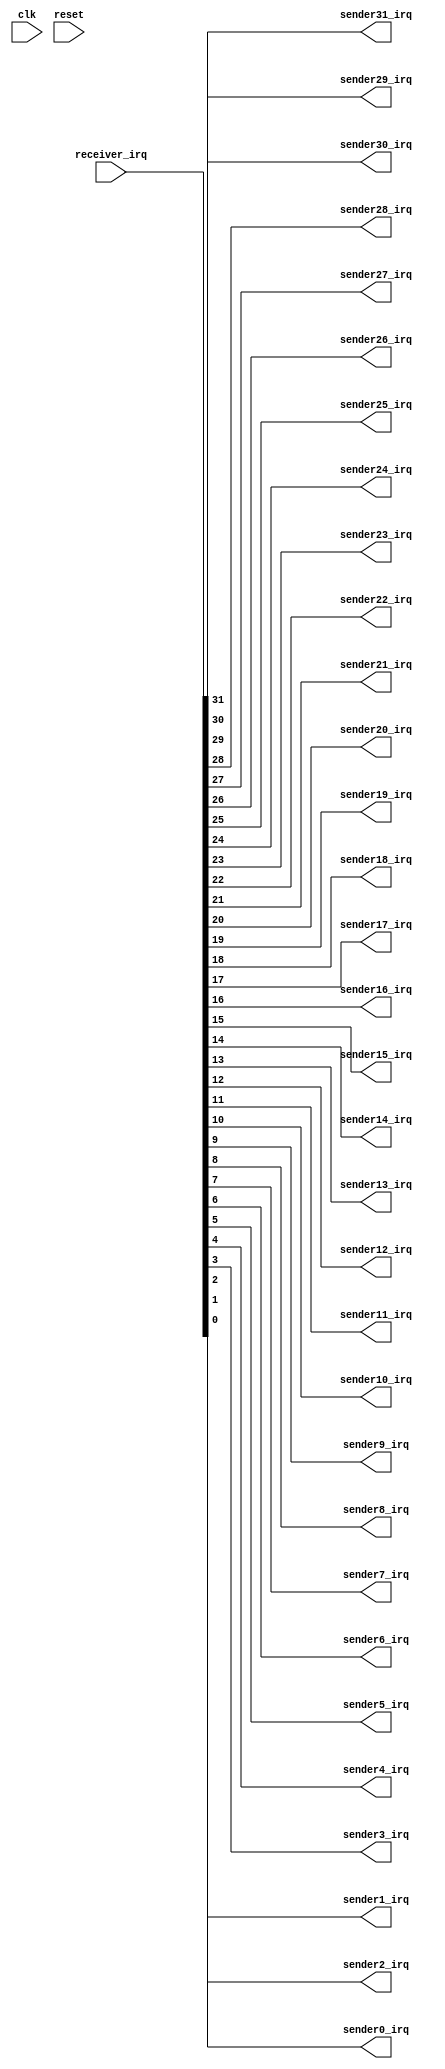
module altera_irq_bridge
#(
	parameter IRQ_WIDTH	= 32
)
(
	(*altera_attribute = "-name MESSAGE_DISABLE 15610" *) // setting message suppression on clk
	input				clk,
	(*altera_attribute = "-name MESSAGE_DISABLE 15610" *) // setting message suppression on reset
	input				reset,
	input [IRQ_WIDTH - 1:0]		receiver_irq,
	output 				sender31_irq,
        output                          sender30_irq,
        output                          sender29_irq,
        output                          sender28_irq,
        output                          sender27_irq,
        output                          sender26_irq,
        output                          sender25_irq,
        output                          sender24_irq,
        output                          sender23_irq,
        output                          sender22_irq,
        output                          sender21_irq,
        output                          sender20_irq,
        output                          sender19_irq,
        output                          sender18_irq,
        output                          sender17_irq,
        output                          sender16_irq,
        output                          sender15_irq,
        output                          sender14_irq,
        output                          sender13_irq,
        output                          sender12_irq,
        output                          sender11_irq,
        output                          sender10_irq,
        output                          sender9_irq,
        output                          sender8_irq,
        output                          sender7_irq,
        output                          sender6_irq,
        output                          sender5_irq,
        output                          sender4_irq,
        output                          sender3_irq,
        output                          sender2_irq,
        output                          sender1_irq,
        output                          sender0_irq
);

	wire [31:0]                     receiver_temp_irq;
	assign receiver_temp_irq = {{(32 - IRQ_WIDTH){1'b0}}, receiver_irq};  //to align a non-32bit receiver interface with 32 interfaces of the receiver

	assign sender0_irq = receiver_temp_irq[0];
        assign sender1_irq = receiver_temp_irq[1];
        assign sender2_irq = receiver_temp_irq[2];
        assign sender3_irq = receiver_temp_irq[3];
        assign sender4_irq = receiver_temp_irq[4];
        assign sender5_irq = receiver_temp_irq[5];
        assign sender6_irq = receiver_temp_irq[6];
        assign sender7_irq = receiver_temp_irq[7];
        assign sender8_irq = receiver_temp_irq[8];
        assign sender9_irq = receiver_temp_irq[9];
        assign sender10_irq = receiver_temp_irq[10];
        assign sender11_irq = receiver_temp_irq[11];
        assign sender12_irq = receiver_temp_irq[12];
        assign sender13_irq = receiver_temp_irq[13];
        assign sender14_irq = receiver_temp_irq[14];
        assign sender15_irq = receiver_temp_irq[15];
        assign sender16_irq = receiver_temp_irq[16];
        assign sender17_irq = receiver_temp_irq[17];
        assign sender18_irq = receiver_temp_irq[18];
        assign sender19_irq = receiver_temp_irq[19];
        assign sender20_irq = receiver_temp_irq[20];
        assign sender21_irq = receiver_temp_irq[21];
        assign sender22_irq = receiver_temp_irq[22];
        assign sender23_irq = receiver_temp_irq[23];
        assign sender24_irq = receiver_temp_irq[24];
        assign sender25_irq = receiver_temp_irq[25];
        assign sender26_irq = receiver_temp_irq[26];
        assign sender27_irq = receiver_temp_irq[27];
        assign sender28_irq = receiver_temp_irq[28];
        assign sender29_irq = receiver_temp_irq[29];
        assign sender30_irq = receiver_temp_irq[30];
        assign sender31_irq = receiver_temp_irq[31];

endmodule